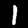
Digit: 1